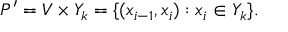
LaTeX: P ^ { \prime } = V \times Y _ { k } = \{ ( x _ { i - 1 } , x _ { i } ) : x _ { i } \in Y _ { k } \} .